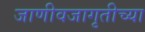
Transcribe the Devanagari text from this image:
जाणीवजागृतीच्या